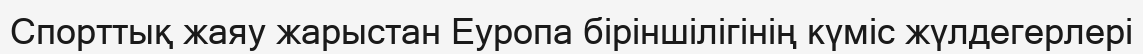
Спорттық жаяу жарыстан Еуропа біріншілігінің күміс жүлдегерлері